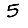
Digit: 5